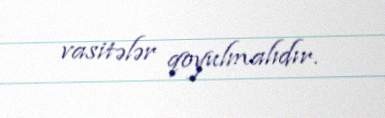
vasitələr qoyulmalıdır.